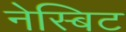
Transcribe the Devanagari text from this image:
नेस्बिट